Annual report of the Punjab Veterinary College and of the Civil Veterinary Department, Punjab - 1920-1925
Year: 1920
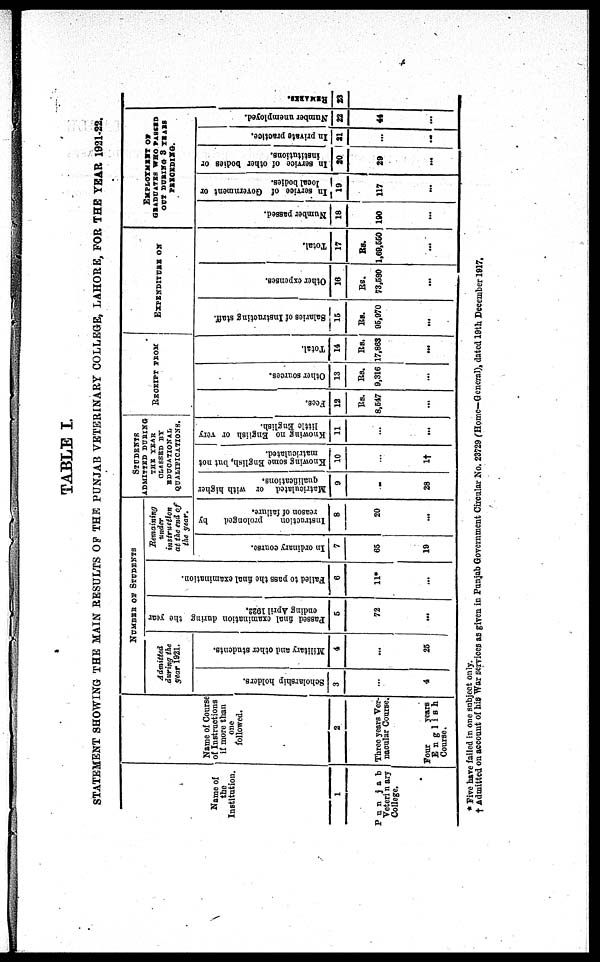
TABLE I.
STATEMENT SHOWI NG T H E MAI N RESULTS OF T H E PUNJAB VETERINARY COLLEGE, LAHORE, F O R T H E YEAR 1921-22.
Name o f
t he
Institution.
1
Punjab
Vet eri nary
Col l ege.
Name of Cour se
of Instructions
i f mor e t han
one
fol l owed.
2
Three years Ver-
nacul ar Course.
Four years
English
Course.
NUMBER OF STUDENTS
Admitted
during the
year 1 9 2 1 .
Scholarship holders.
3
...
4
Military and other students.
4
...
25
Pa s
s
e d final examination dur i
ng the year
ending April 1 9 2 2 .
5
72
...
Fa i
l
e d t o p a s s t h e f i
nal examination.
6
1 1 *
...
Remaining under
instruction
at the end of
the year.
In ordinary course.
7
65
19
Instruction prolonged by
reason of failure.
8
20
...
STUDENTS
ADMITTED DURING
THE YEAR
CLASSED BY
EDUCATI ONAL
QUALI FI CATI ON.
Matriculated or with higher
qualifications.
9
...
28
Knowing some English, but not
matriculated.
10
...
1†
Knowing no English or very
little English.
11
...
...
RECEIPT FROM
Fees.
12
Rs.
8, 547
...
Other sources.
13
Rs.
9, 316
...
Total.
14
Rs.
17, 863
...
EXPENDI TURE ON
Salaries of Instructing staff.
15
Rs.
95, 970
...
Other expenses.
16
Rs.
73, 580
...
Total.
17
Rs.
1, 69, 550
...
EMPLOYMENT OF
GRADUATES W H O PASSED
O U T DURI NG 3 YEARS
PEROEDING.
Number passed.
18
190
...
In service of Government or
local
bodies.
19
117
...
In service of other bodies or
institutions.
20
29
...
In private practice.
21
...
...
Number unemployed.
22
44
...
REMARKS.
23
* Fi ve have fai l ed i n o n e subj ect onl y.
† Admi t t ed on account o f his War servi ces as gi ven i n Punj ab Gover nment Ci rcul ar N o . 23729 ( Home—Gener al ) , dat ed 19t h December 1 9 1 7 .